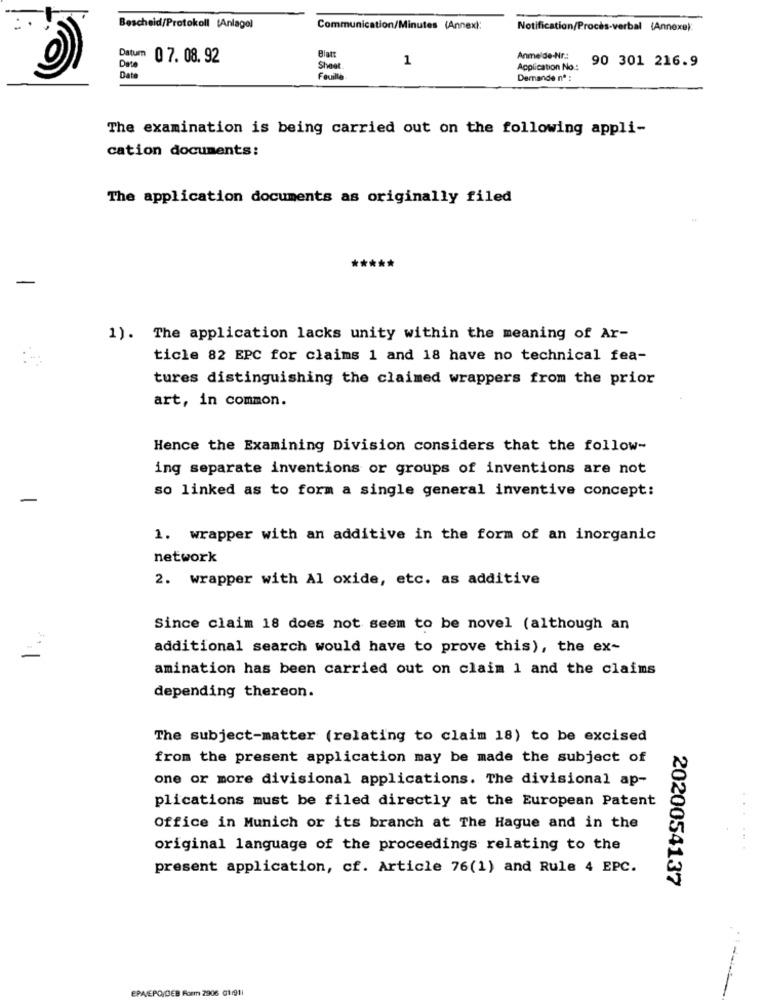
Bescheid/Protokoll (Anlage)
Communication/Minutes (Annex):
Notification/Procès-verbal (Annexe):
Datum 07. 08. 92
Blatt
1
Anmelde-Nr .:
90 301 216.9
Date
Shoe
Application No .:
Date
Favilla
Demande nº :
The examination is being carried out on the following appli-
cation documents:
The application documents as originally filed
*****
-
1). The application lacks unity within the meaning of Ar-
ticle 82 EPC for claims 1 and 18 have no technical fea-
tures distinguishing the claimed wrappers from the prior
art, in common.
Hence the Examining Division considers that the follow-
ing separate inventions or groups of inventions are not
so linked as to form a single general inventive concept:
-
1. wrapper with an additive in the form of an inorganic
network
2. wrapper with Al oxide, etc. as additive
Since claim 18 does not seem to be novel (although an
additional search would have to prove this), the ex-
amination has been carried out on claim 1 and the claims
depending thereon.
The subject-matter (relating to claim 18) to be excised
from the present application may be made the subject of
one or more divisional applications. The divisional ap-
plications must be filed directly at the European Patent
Office in Munich or its branch at The Hague and in the
original language of the proceedings relating to the
present application, cf. Article 76(1) and Rule 4 EPC.
2020054137
EPA/EPO/DEB Form 2906 0191)